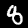
Digit: 8